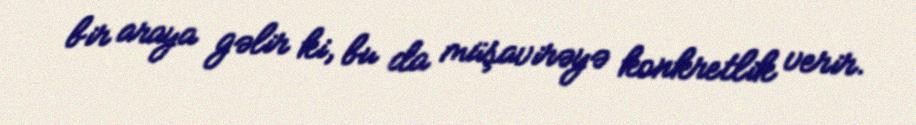
bir araya gəlir ki, bu da müşavirəyə konkretlik verir.